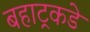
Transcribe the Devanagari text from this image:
बहाट्रकडे